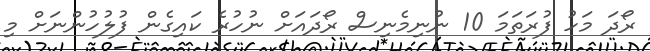
ރޯދަ މަހު ފުރަތަމަ 10 ނުނިމެނިސް ރޯދައަށް ނުހުރެ ކައިގެން ފުލުހުންނަށް މި